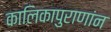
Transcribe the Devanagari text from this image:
कालिकापुराणांन